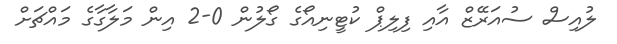
ލުއިސް ސުއަރޭޒް އާއި ފިލިޕް ކުޓީނިއޯގެ ގޯލުން 0-2 އިން މަލާގާގެ މައްޗަށް